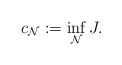
LaTeX: \begin{align*} c_{\mathcal N}:= \inf_{\mathcal N} J. \end{align*}